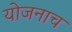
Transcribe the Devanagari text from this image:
योजनाच